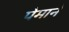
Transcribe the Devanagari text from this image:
पेमाने